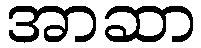
အာဆာ